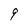
Character: 9